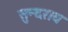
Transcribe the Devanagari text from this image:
सुन्दराय